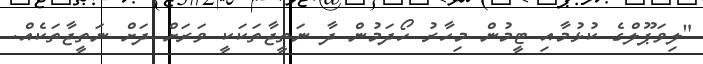
"ލިވަޕޫލްގެ ކުޅުމާއި ޓީމުން މިހާރު ހޯދަމުން ދާ ނަތީޖާތަކަކީ ވަރަށް ދަށް ނަތީޖާތަކެއް.